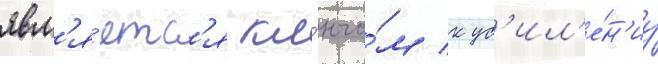
явл'я́етс'я кл'ючо́м к ус'ил'е́н'иу